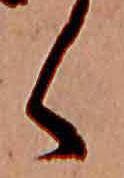
く